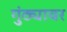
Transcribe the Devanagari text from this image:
गुंठ्यावर